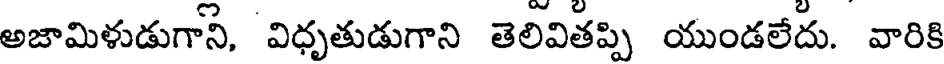
అజామిళుడుగాని, విధృతుడుగాని తెలివితప్పి యుండలేదు. వారికి